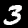
Digit: 3